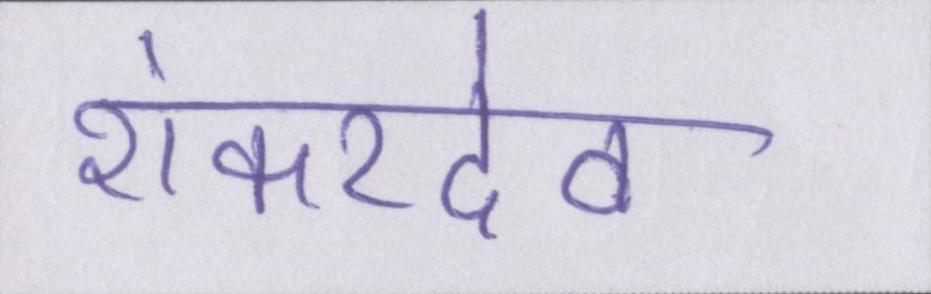
शंकरदेव